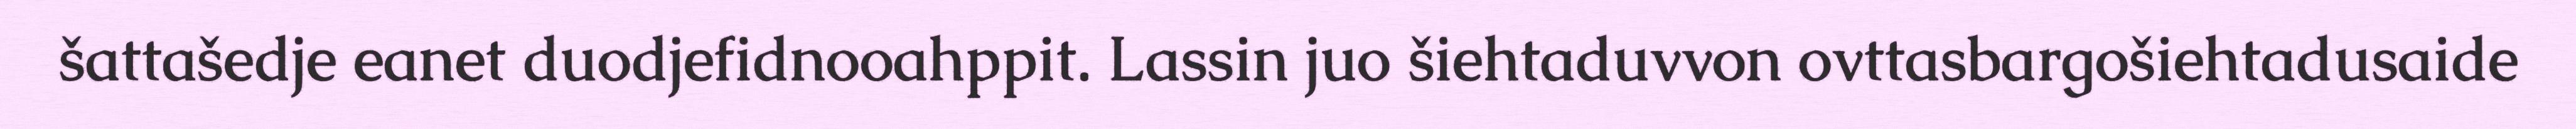
šattašedje eanet duodjefidnooahppit. Lassin juo šiehtaduvvon ovttasbargošiehtadusaide